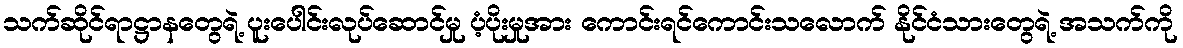
သက်ဆိုင်ရာဋ္ဌာနတွေရဲ့ ပူးပေါင်းလုပ်ဆောင်မှု ပံ့ပိုးမှုအား ကောင်းရင်ကောင်းသလောက် နိုင်ငံသားတွေရဲ့ အသက်ကို